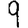
Digit: 9